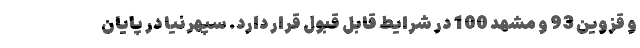
و قزوین 93 و مشهد 100 در شرایط قابل قبول قرار دارد. سپهرنیا در پایان